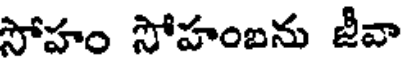
సోహం సోహంబను జీవా